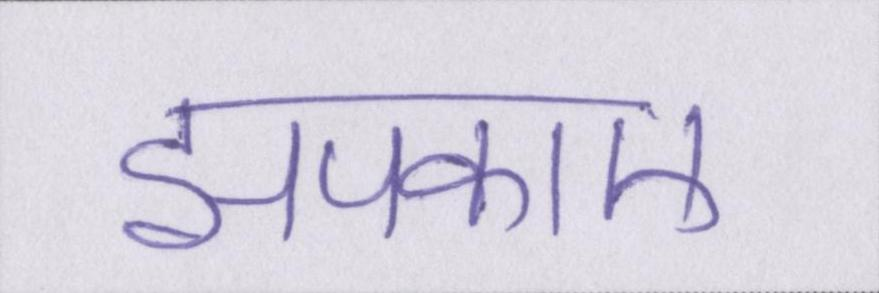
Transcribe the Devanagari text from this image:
झपकाए